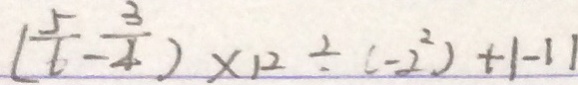
( \frac { 5 } { 6 } - \frac { 3 } { 4 } ) \times 1 2 \div ( - 2 ^ { 2 } ) + 1 - 1 1